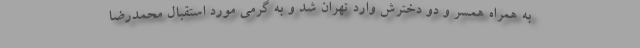
به همراه همسر و دو دخترش وارد تهران شد و به گرمی مورد استقبال محمدرضا